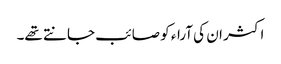
اکثر ان کی آراء کو صائب جانتے تھے۔